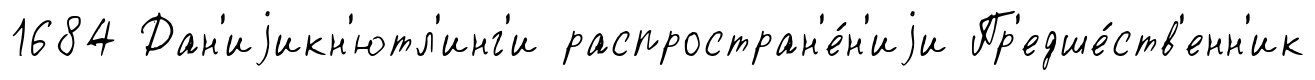
1684 Дан'иjикн'ютл'инг'и распростран'е́н'иjи Пр'едше́ств'енн'ик